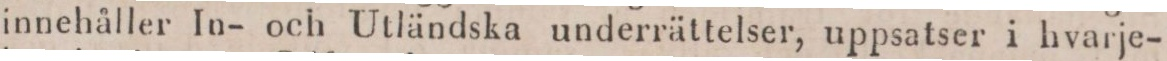
innehåller In- och Utländska underrättelser, uppsatser i hvarje-